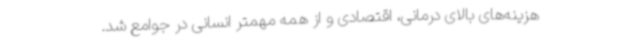
هزینه‌های بالای درمانی، اقتصادی و از همه مهمتر انسانی در جوامع شد.